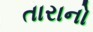
તારાનો